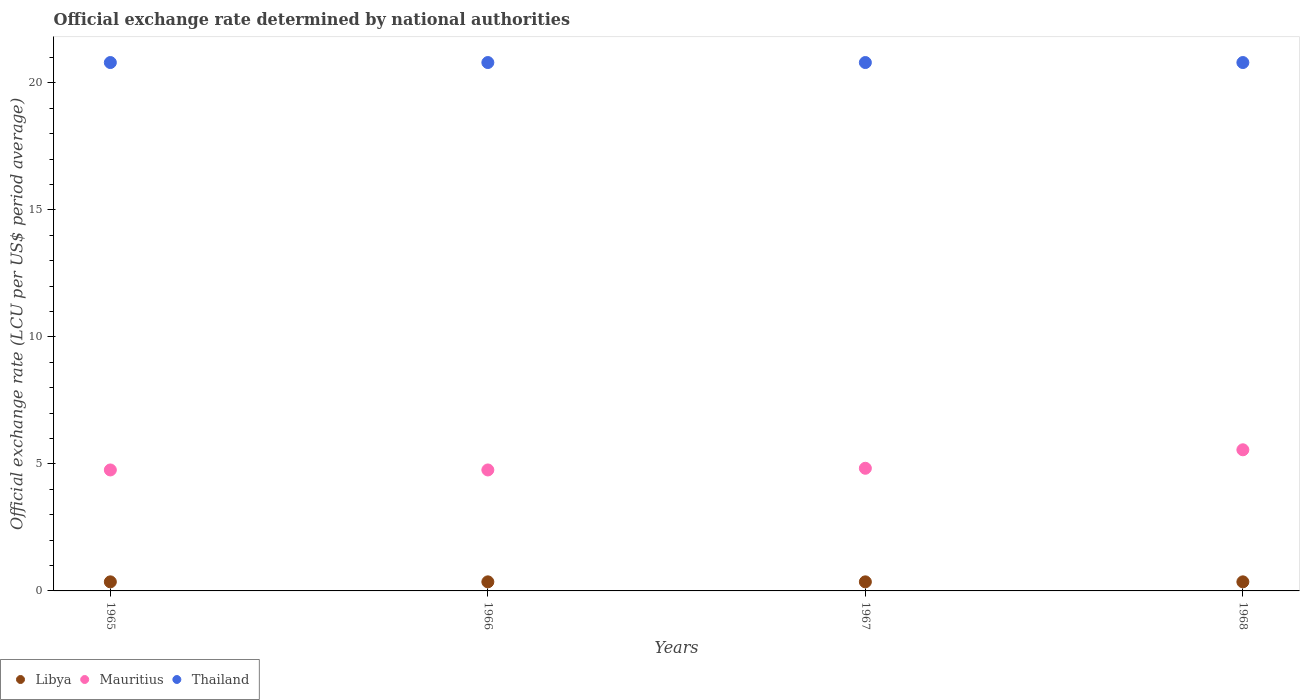
| Years | Libya | Mauritius | Thailand |
 | --- | --- | --- | --- |
 | 1965 | 0.357 | 4.76 | 20.8 |
 | 1966 | 0.357 | 4.76 | 20.8 |
 | 1967 | 0.357 | 4.83 | 20.8 |
 | 1968 | 0.357 | 5.56 | 20.8 |